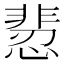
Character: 𩇻